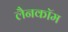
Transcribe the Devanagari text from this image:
लैनकॉम